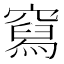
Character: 𰩛